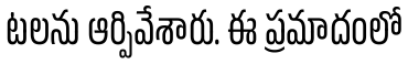
టలను ఆర్పివేశారు. ఈ ప్రమాదంలో